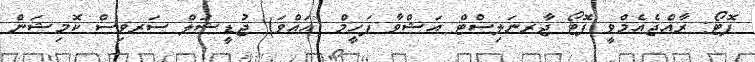
ފޮޓޯ: ރާއްޖެއެމްވީ ފޮޓޯ ޖާރނަލިސްޓް އަޝްވާ ފަހީމް (އައްވަ) ޖުޑީޝަލް ސަރވިސް ކޮމިޝަން